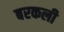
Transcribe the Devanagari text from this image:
बरकली